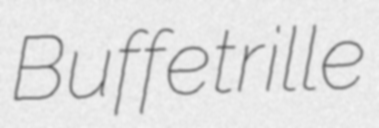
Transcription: Buffetrille